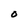
Character: 0